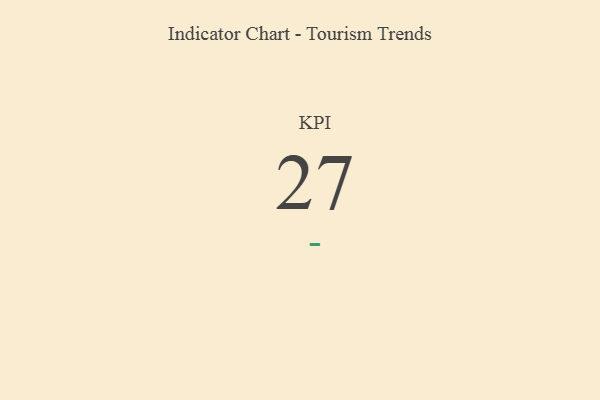
{"axis": {"x": "KPI", "y": "Value"}, "legend": [""], "data": [{"x": "KPI", "y": 27, "type": ""}]}